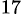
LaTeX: _{17}